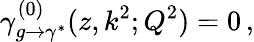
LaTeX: \gamma_{g\rightarrow\gamma^{*}}^{(0)}(z,k^{2};Q^{2})=0\, ,